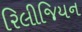
રિલીજિયન